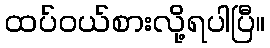
ထပ်ဝယ်စားလို့ရပါပြီ။